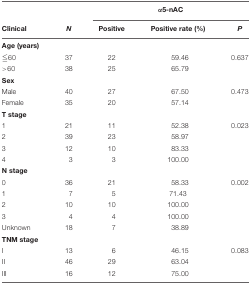
|  |  | <COLSPAN=3> α5-nAC |
 | Clinical | N | Positive | Positive rate (%) | P |
 | --- | --- | --- | --- | --- |
 | Age (years) |  |  |  |  |
 | 60 | 37 | 22 | 59.46 | 0.637 |
 | >60 | 38 | 25 | 65.79 |  |
 | Sex |  |  |  |  |
 | Male | 40 | 27 | 67.50 | 0.473 |
 | Female | 35 | 20 | 57.14 |  |
 | T stage |  |  |  |  |
 | 1 | 21 | 11 | 52.38 | 0.023 |
 | 2 | 39 | 23 | 58.97 |  |
 | 3 | 12 | 10 | 83.33 |  |
 | 4 | 3 | 3 | 100.00 |  |
 | N stage |  |  |  |  |
 | 0 | 36 | 21 | 58.33 | 0.002 |
 | 1 | 7 | 5 | 71.43 |  |
 | 2 | 10 | 10 | 100.00 |  |
 | 3 | 4 | 4 | 100.00 |  |
 | Unknown | 18 | 7 | 38.89 |  |
 | TNM stage |  |  |  |  |
 | I | 13 | 6 | 46.15 | 0.083 |
 | II | 46 | 29 | 63.04 |  |
 | III | 16 | 12 | 75.00 |  |